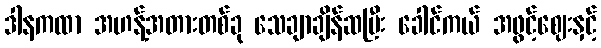
ဒါနကထာ အဟန့်အတားတစ်ခု သေချာချိန်ဆပြီး ခေါင်ကယ် အဖွင့်ဈေးနှင့်